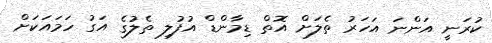
ކުރަނީ އަންނަ އަހަރު ތެލަށް އޮތް ޑިމާންޑް އުފުލި ތެލުގެ އަގު ހަމައަކަށް